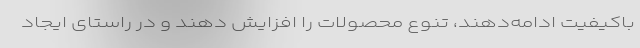
باکیفیت ادامه‌دهند، تنوع محصولات را افزایش دهند و در راستای ایجاد